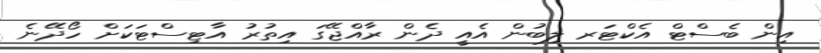
އިން ބެސްޓް އެކްޓަރ ލިބުން އެއީ ދެން ރާއްޖޭގަ އިތުރު އާޓިސްޓަކަށް ހޯދޭނެ